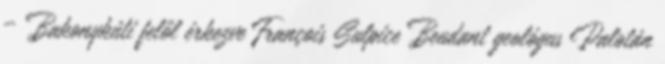
– Bakonykúti felől érkezve François Sulpice Beudant geológus Palotán